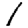
Digit: 1